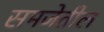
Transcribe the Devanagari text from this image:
समजेतील